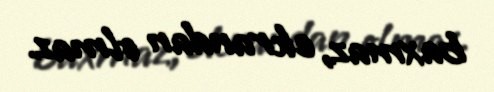
baxmaz, ekrandan olmaz.